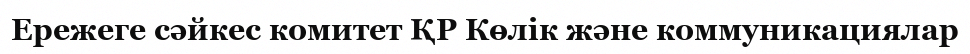
Ережеге сәйкес комитет ҚР Көлік және коммуникациялар